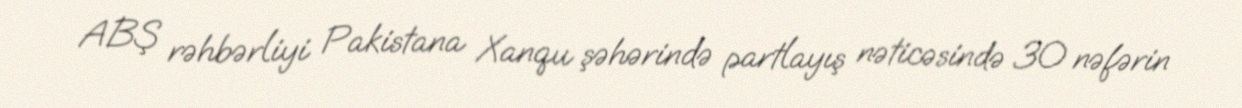
ABŞ rəhbərliyi Pakistana Xanqu şəhərində partlayış nəticəsində 30 nəfərin